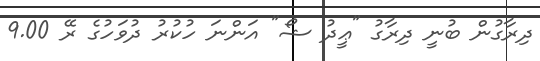
ދިރާގުން ބުނީ ދިރާގު "ޢީދު ޝޯ" އަންނަ ހުކުރު ދުވަހުގެ ރޭ 9.00